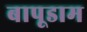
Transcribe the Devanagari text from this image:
बापूडाम